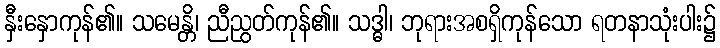
နှီးနှောကုန်၏။ သမေန္တိ၊ ညီညွတ်ကုန်၏။ သဒ္ဓါ၊ ဘုရားအစရှိကုန်သော ရတနာသုံးပါး၌